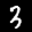
Label: 3